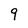
Character: 9